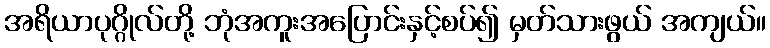
အရိယာပုဂ္ဂိုလ်တို့ ဘုံအကူးအပြောင်းနှင့်စပ်၍ မှတ်သားဖွယ် အကျယ်။